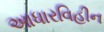
આધારવિહીન